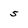
Character: 5